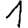
Digit: 1